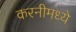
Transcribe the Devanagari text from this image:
करनीमध्ये